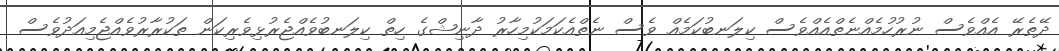
ދޭތެރޭ އެއްވެސް ނުރުހުމެއްނެތްއެއްވެސް ކިލަނބުކަމެއް ވެސް ނެތްއެކަމަކުމިހާރު ދާނިޝްގެ ހިތްް ކިލަނބުވެއްޖެރުޅިވެރިކަަން ތަކުރާރުވެއްޖެމިއަދުވެސް